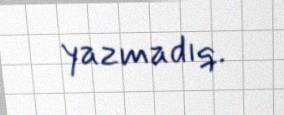
yazmadıq.